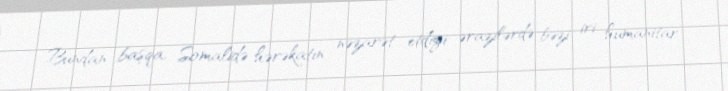
Bundan başqa, Somalidə hərəkatın nəzarət etdiyi ərazilərdə bəzi iri humanitar